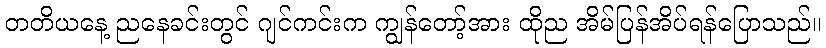
တတိယနေ့ ညနေခင်းတွင် ဂျင်ကင်းက ကျွန်တော့်အား ထိုည အိမ်ပြန်အိပ်ရန်ပြောသည်။